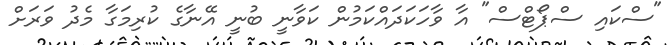
"ސްކައި ސްޕޯޓްސް" އާ ވާހަކަދައްކަމުން ކަވާނީ ބުނީ އޭނާގެ ކުރިމަގާ މެދު ވަރަށް